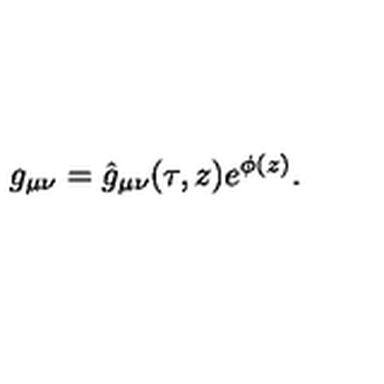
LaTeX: g _ { \mu \nu } = \hat { g } _ { \mu \nu } ( \tau , z ) e ^ { \phi ( z ) } .